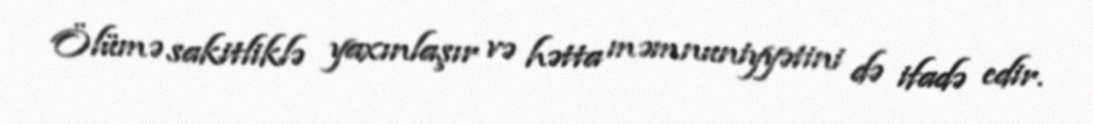
Ölümə sakitliklə yaxınlaşır və hətta məmnuniyyətini də ifadə edir.